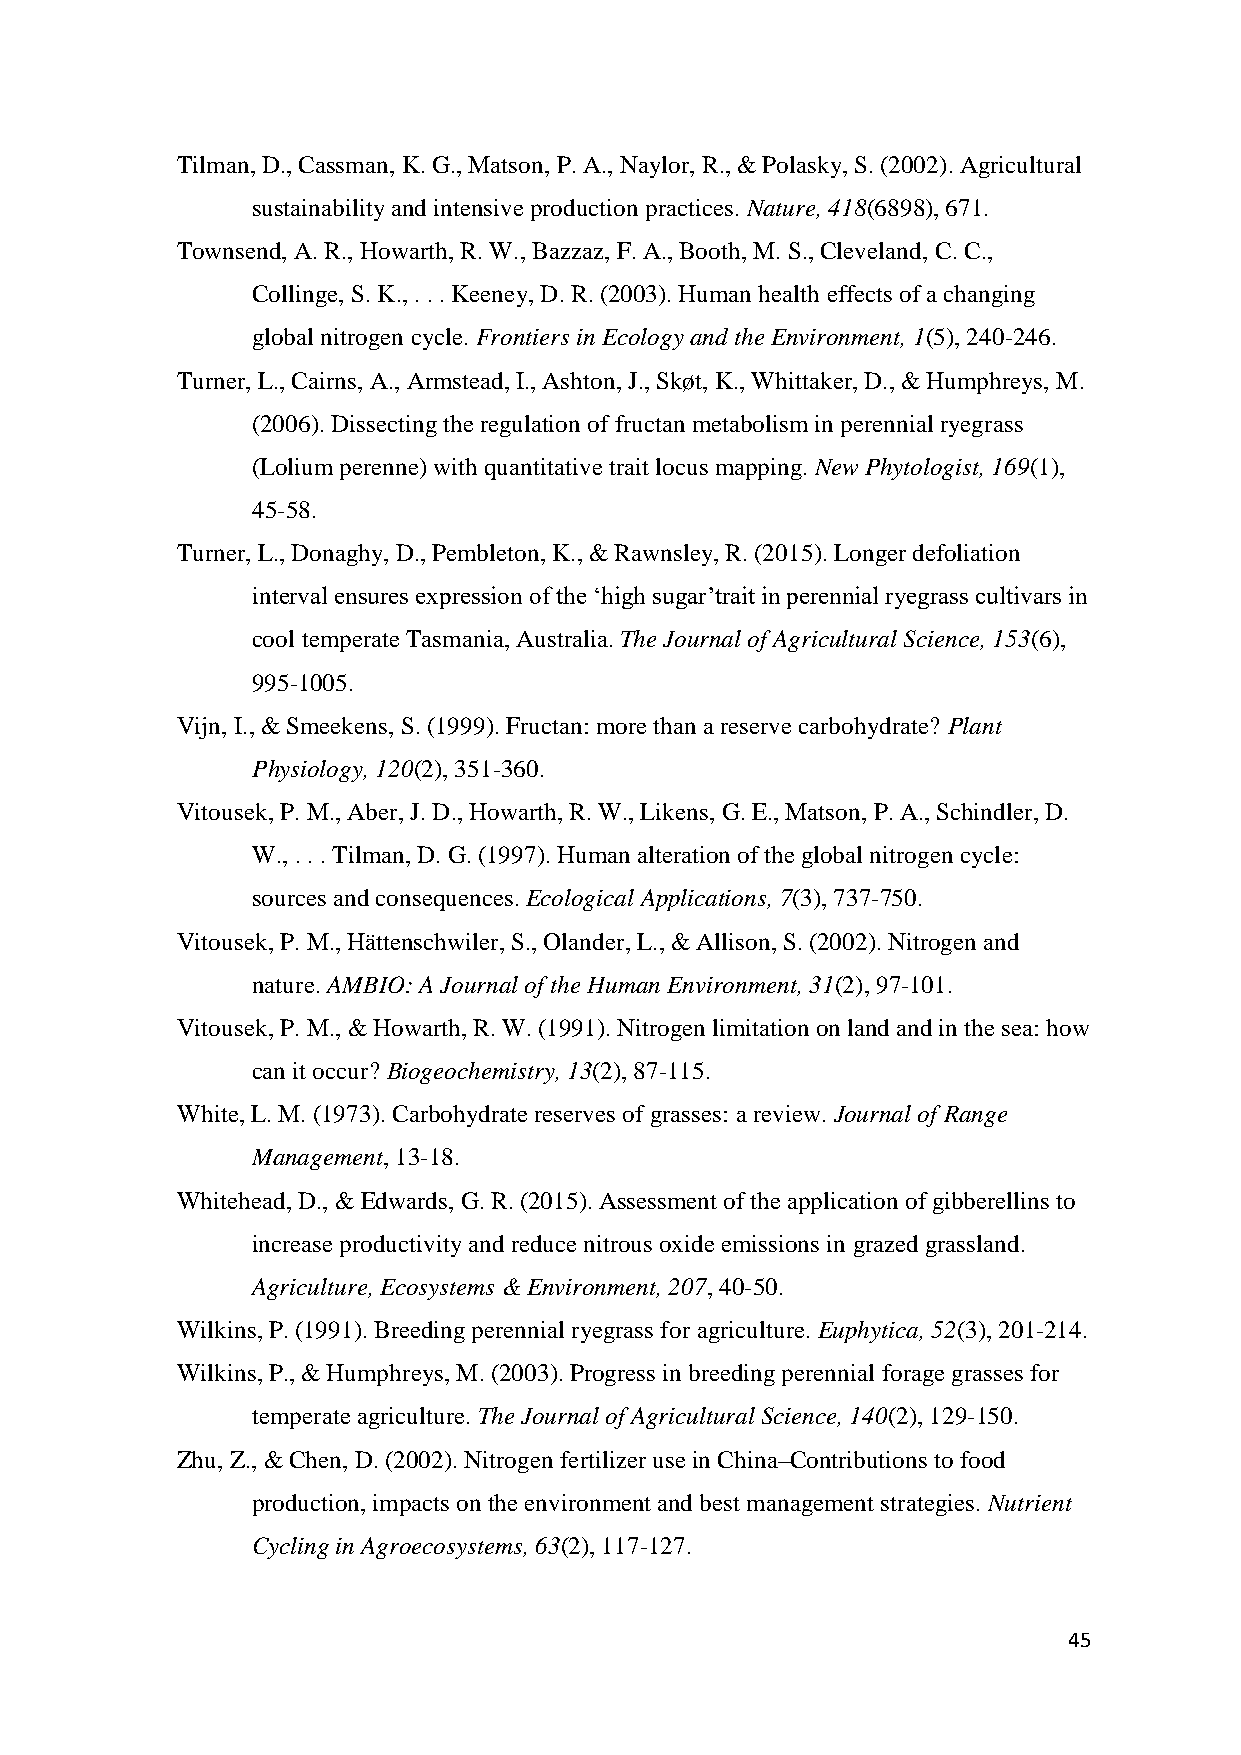
Tilman, D., Cassman, K. G., Matson, P. A., Naylor, R., & Polasky, S. (2002). Agricultural
 sustainability and intensive production practices. Nature, 418(6898), 671.
 Townsend, A. R., Howarth, R. W., Bazzaz, F. A., Booth, M. S., Cleveland, C. C.,
 Collinge, S. K., . . . Keeney, D. R. (2003). Human health effects of a changing
 global nitrogen cycle. Frontiers in Ecology and the Environment, 1(5), 240-246.
 Turner, L., Cairns, A., Armstead, I., Ashton, J., Skøt, K., Whittaker, D., & Humphreys, M.
 (2006). Dissecting the regulation of fructan metabolism in perennial ryegrass
 (Lolium perenne) with quantitative trait locus mapping. New Phytologist, 169(1),
 45-58.
 Turner, L., Donaghy, D., Pembleton, K., & Rawnsley, R. (2015). Longer defoliation
 interval ensures expression of the ‘high sugar’trait in perennial ryegrass cultivars in
 cool temperate Tasmania, Australia. The Journal of Agricultural Science, 153(6),
 995-1005.
 Vijn, I., & Smeekens, S. (1999). Fructan: more than a reserve carbohydrate? Plant
 Physiology, 120(2), 351-360.
 Vitousek, P. M., Aber, J. D., Howarth, R. W., Likens, G. E., Matson, P. A., Schindler, D.
 W., . . . Tilman, D. G. (1997). Human alteration of the global nitrogen cycle:
 sources and consequences. Ecological Applications, 7(3), 737-750.
 Vitousek, P. M., Hättenschwiler, S., Olander, L., & Allison, S. (2002). Nitrogen and
 nature. AMBIO: A Journal of the Human Environment, 31(2), 97-101.
 Vitousek, P. M., & Howarth, R. W. (1991). Nitrogen limitation on land and in the sea: how
 can it occur? Biogeochemistry, 13(2), 87-115.
 White, L. M. (1973). Carbohydrate reserves of grasses: a review. Journal of Range
 Management, 13-18.
 Whitehead, D., & Edwards, G. R. (2015). Assessment of the application of gibberellins to
 increase productivity and reduce nitrous oxide emissions in grazed grassland.
 Agriculture, Ecosystems & Environment, 207, 40-50.
 Wilkins, P. (1991). Breeding perennial ryegrass for agriculture. Euphytica, 52(3), 201-214.
 Wilkins, P., & Humphreys, M. (2003). Progress in breeding perennial forage grasses for
 temperate agriculture. The Journal of Agricultural Science, 140(2), 129-150.
 Zhu, Z., & Chen, D. (2002). Nitrogen fertilizer use in China–Contributions to food
 production, impacts on the environment and best management strategies. Nutrient
 Cycling in Agroecosystems, 63(2), 117-127.
 45